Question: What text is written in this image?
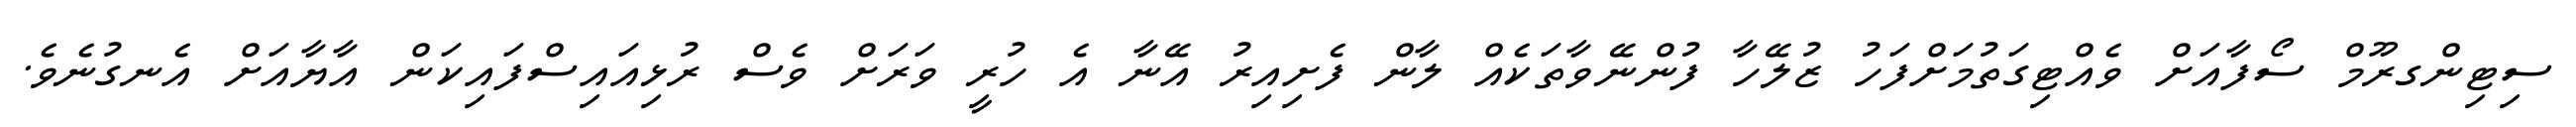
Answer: ސިޓިންގރޫމް ސޯފާއަށް ވެއްޓިގަތުމަށްފަހު ޒުލޭހާ ފުންނޭވާތަކެއް ލާން ފެށިއިރު އޭނާ އެ ހުރީ ވަރަށް ވެސް ރުޅިއައިސްފައިކަން އާޔާއަށް އެނގުނެވެ.